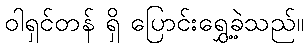
ဝါရှင်တန် ရှိ ပြောင်းရွှေ့ခဲ့သည်။